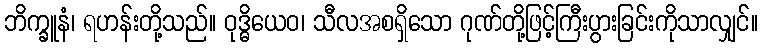
ဘိက္ခူနံ၊ ရဟန်းတို့သည်။ ဝုဒ္ဓိယေဝ၊ သီလအစရှိသော ဂုဏ်တို့ဖြင့်ကြီးပွားခြင်းကိုသာလျှင်။